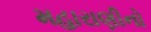
મહારાણીનો